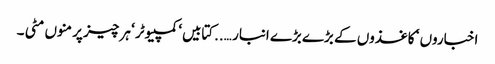
اخباروں ‘ کاغذوں کے بڑے بڑے انبار …..کتابیں‘ کمپیوٹر ‘ ہر چیز پر منوں مٹی ۔